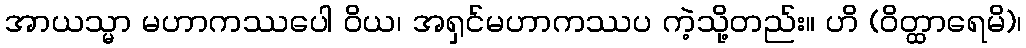
အာယသ္မာ မဟာကဿပေါ ဝိယ၊ အရှင်မဟာကဿပ ကဲ့သို့တည်း။ ဟိ (ဝိတ္ထာရေမိ)၊